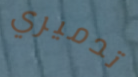
تدميري